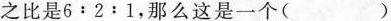
之比是6:2:1，那么这是一个（）